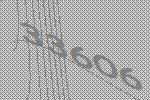
33606